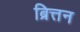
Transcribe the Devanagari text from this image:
ब्रित्तन